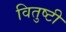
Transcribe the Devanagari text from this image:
वितुष्टी